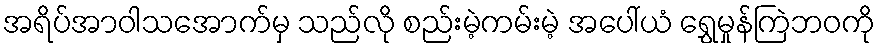
အရိပ်အာဝါသအောက်မှ သည်လို စည်းမဲ့ကမ်းမဲ့ အပေါ်ယံ ရွှေမှုန်ကြဲဘဝကို